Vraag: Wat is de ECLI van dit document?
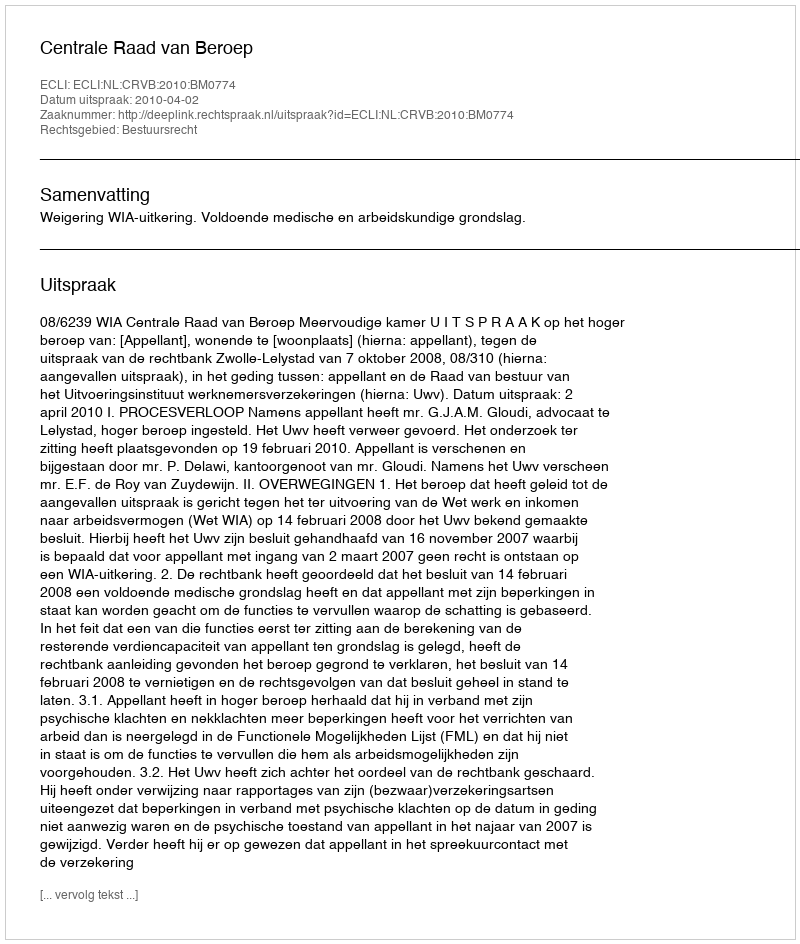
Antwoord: ECLI:NL:CRVB:2010:BM0774